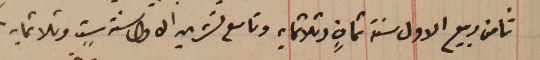
ثامن ربيع الاول سنة ثمانٍ وثلاثمايه وتاسع تشرين الاول سنة ستٍ وثلاثمايه.